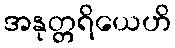
အနုတ္တရိယေဟိ